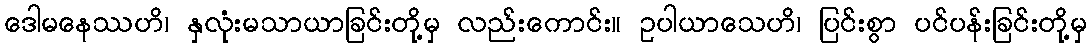
ဒေါမနေဿဟိ၊ နှလုံးမသာယာခြင်းတို့မှ လည်းကောင်း။ ဥပါယာသေဟိ၊ ပြင်းစွာ ပင်ပန်းခြင်းတို့မှ